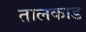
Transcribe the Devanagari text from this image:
तालकाड